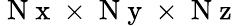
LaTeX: \mathrm{~N~x~}\times\mathrm{~N~y~}\times\mathrm{~N~z~}